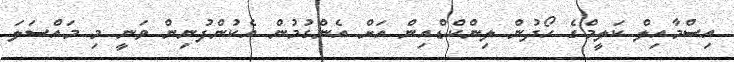
އިސްމާއިލް ކަލީމްގެ ހޯދުން ލިންކްޑްއިން އަށް އެންގުމުން އެކުންފުނިން ވަނީ މި މައްސަލަ